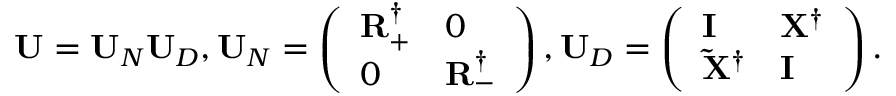
\ensuremath { \mathbf { U } } = \ensuremath { \mathbf { U } } _ { N } \ensuremath { \mathbf { U } } _ { D } , \ensuremath { \mathbf { U } } _ { N } = \left( \begin{array} { l l } { \ensuremath { \mathbf { R } } _ { + } ^ { \dagger } } & { 0 } \\ { 0 } & { \ensuremath { \mathbf { R } } _ { - } ^ { \dagger } } \end{array} \right) , \ensuremath { \mathbf { U } } _ { D } = \left( \begin{array} { l l } { \ensuremath { \mathbf { I } } } & { \ensuremath { \mathbf { X } } ^ { \dagger } } \\ { \ensuremath { \mathbf { \Tilde { X } ^ { \dagger } } } } & { \ensuremath { \mathbf { I } } } \end{array} \right) .